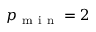
p _ { \mathrm { ~ m ~ i ~ n ~ } } = 2